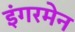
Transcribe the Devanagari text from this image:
इंगरमेन